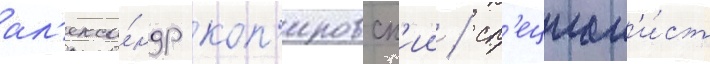
ал'екса́ндр коп'ировск'ии / сп'ециал'и́ст